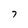
Character: 7